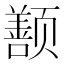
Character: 𬱱